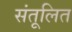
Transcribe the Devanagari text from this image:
संतूलित